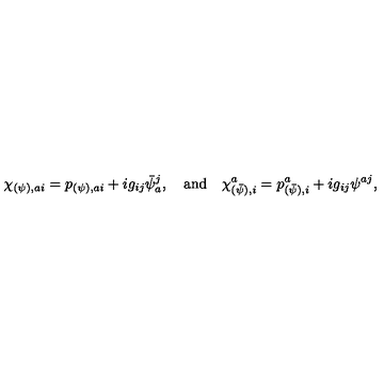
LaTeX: \chi _ { ( \psi ) , a i } = p _ { ( \psi ) , a i } + i g _ { i j } \bar { \psi } _ { a } ^ { j } , \quad \mathrm { a n d } \quad \chi _ { ( \bar { \psi } ) , i } ^ { a } = p _ { ( \bar { \psi } ) , i } ^ { a } + i g _ { i j } \psi ^ { a j } ,